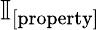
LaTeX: \mathbb{I}_{[\textup{property}]}